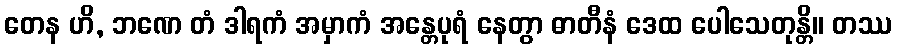
တေန ဟိ, ဘဏေ တံ ဒါရကံ အမှာကံ အန္တေပုရံ နေတွာ ဓာတီနံ ဒေထ ပေါသေတုန္တိ။ တဿ